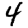
Digit: 4